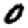
Digit: 0